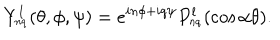
Y _ { _ { n q } } ^ { l } ( \theta , \phi , \psi ) = e ^ { i n \phi + i q \psi } P _ { _ { n q } } ^ { l } ( \cos \alpha \theta ) .